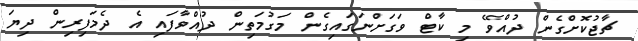
ޗާޖުކޮށްގެން ދުއްވޭ މި ކާޓް ވަގަށްނަގައިގެން މަގުމަތިން ދުއްވާފައި އެ ދެމަފިރިން ދިޔަ